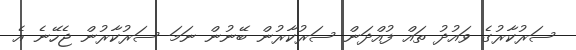
ސަރުކާރުގެ ވައުދު ތައް ފުއްދަން ސަރުކާރުން ބޭނުން ނަމަ ސަރުކާރުން ޖެހޭނެ އެ